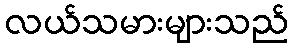
လယ်သမားများသည်